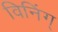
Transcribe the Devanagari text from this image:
विनिंग्